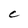
Character: C